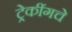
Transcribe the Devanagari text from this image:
ट्रेकींगचे